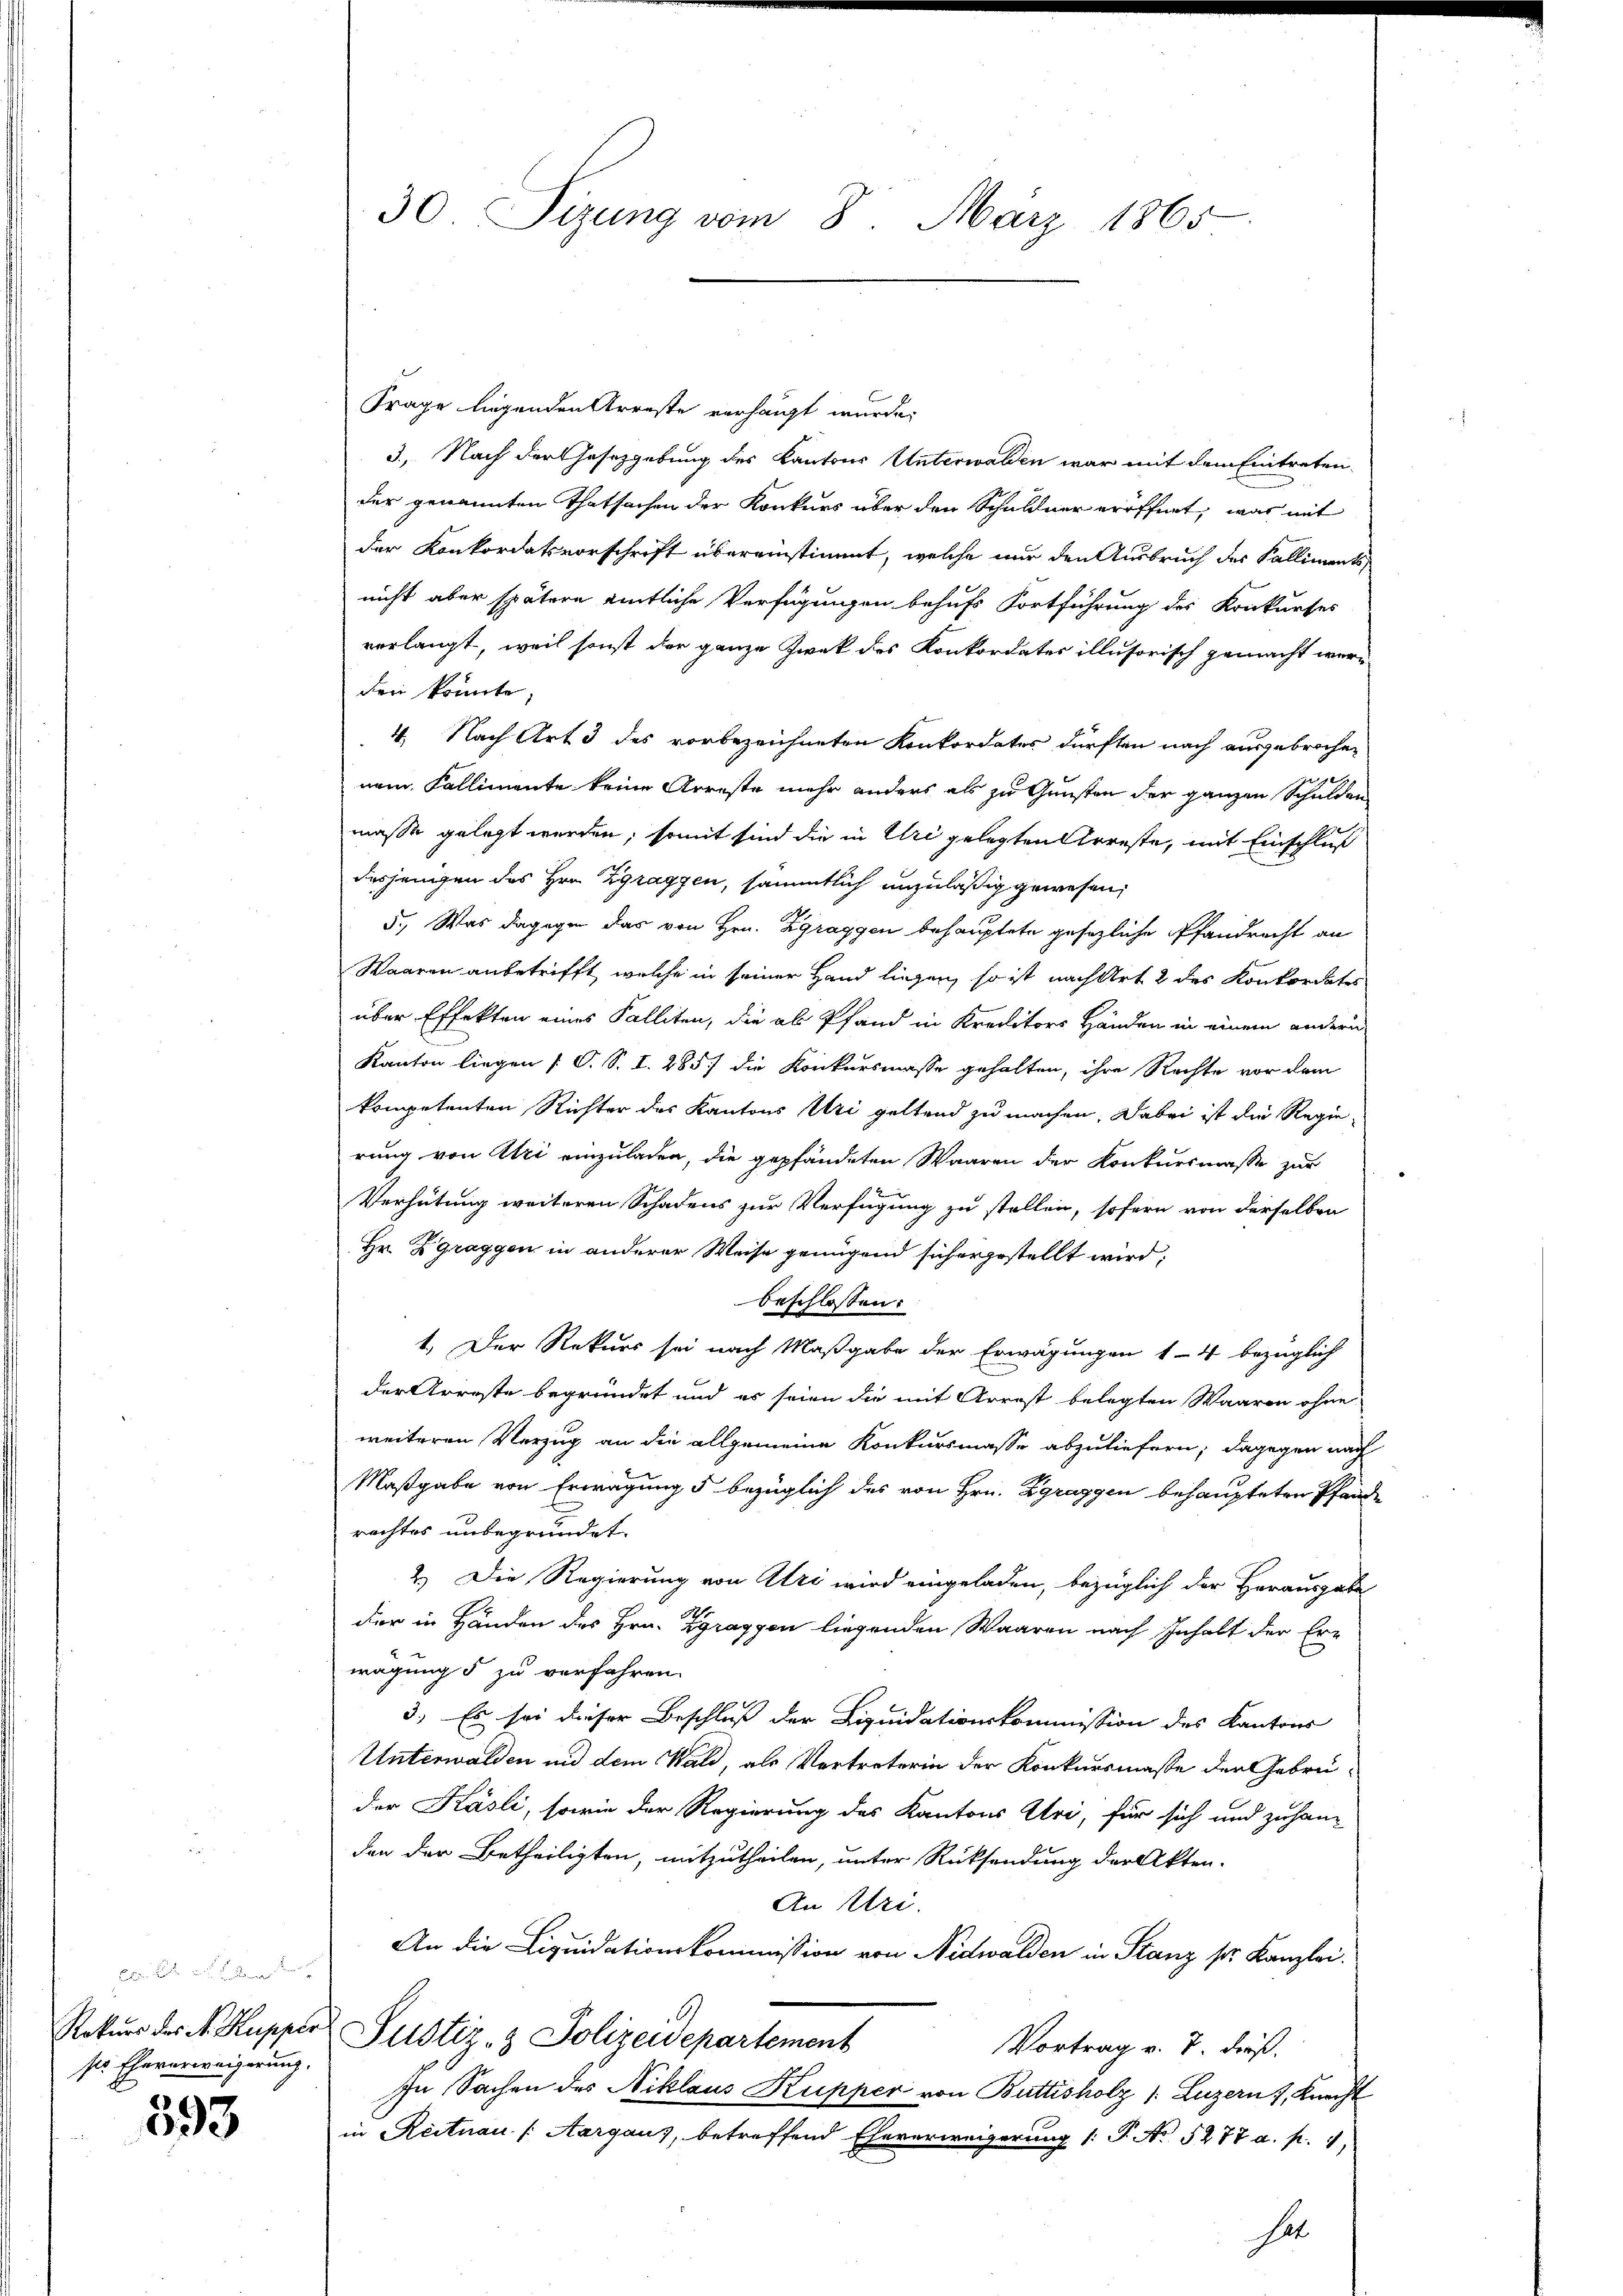
ser Eheverweigerung.

593

30. Sizung vom 8. März 1865.

Frage liegenden Arreste verhängt wurde.
3., Nach der Gesetzgebung des Kantons Unterwalden war mit dem Eintreten
der genannten Thatsachen der Konkurs über den Schuldner eröffnet, was mit
der Konkordatsvorschrift übereinstimmt, welche nur den Ausbruch des Kalliments
nicht aber spätere amtliche Verfügungen behufs Fortführung des Konkurses
verlangt, weil sonst der ganze Zwek des Konkordater illusorisch gemacht wer-
den könnte;
4. Nach Art 3 des vorbezeichneten Konkordates dürften nach ausgebrochen
nem Fallimente keine Arreste mehr anders als zu Gunsten der ganzen Schulden
masse gelegt werden; somit sind die in Uri gelegten Arreste, mit Einschluß
desjenigen des Hrn. Zgraggen, sämmtlich unzuläßig gewesen,
5., Was dagegen das von Hrn. Zgraggen behauptete gesezliche Pfandrecht an
Waaren anbetrifft, welche in seiner Hand liegen, so ist nach Art 2 des Konkordates
über Effekten eines Falliten, die als Pfand in Kreditors Händen in einem andern
Kanton liegen (O. S. I. 285) die Konkursmasse gehalten, ihre Rechte vor dem
kompetenten Richter des Kantons Uri geltend zu machen. Dabei ist die Regie-
rung von Uri einzuladen, die gepfändeten Waaren der Konkursmasse zur
Verhütung weiteren Schadens zur Verfügung zu stellen, sofern von derselben
Hr. Zgraggen in anderer Weise genügend sich ergestellt wird:
beschlossen:
1.) Der Rekurs sei nach Maßgabe der Erwägungen 14 bezüglich
der Arreste begründet und es seien die mit Arrest belegten Waaren ohne
weiteren Verzug an die allgemeine Konkursmasse abzuliefern; dagegen nach
Maßgabe von Erwägung 5 bezüglich des von Hrn. Zgraggen behaupteten Pfande
rechtes unbegründet.
2.) Die Regierung von Uri wird eingeladen, bezüglich der Herausgabe
der in Händen des Hrn. Zgraggon liegenden Waaren nach Inhalt der Erwägung 5 zu verfahren.
3.) Es sei dieser Beschluß der Liquidationskommission des Kantons
Unterwalden und dem Wald, als Vertreterin der Konkursmaße der Gebrüder Käsli, sowie der Regierung des Kantons Uri, für sich und zuhan-
den der Betheiligten, mitzutheilen, unter Rücksendung der Akten-
An Uri.
An die Liquidationskommission von Nidwalden in Stanz pr. Kanzlei.
Rekurs des A. Kupper Justiz- & Polizeidepartement
Vortrag v. 7. dieß.
In Sachen des Niklaus Kupper von Buttisholz 1. Luzern 7, Knecht
in Reitnau (Aargaus, betreffend Eheverweigerung /: P. No. 5277 a. p. 1
hat.